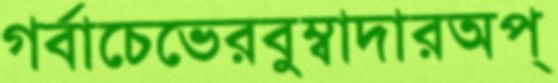
গর্বাচেভেরবুম্বাদারঅপ্